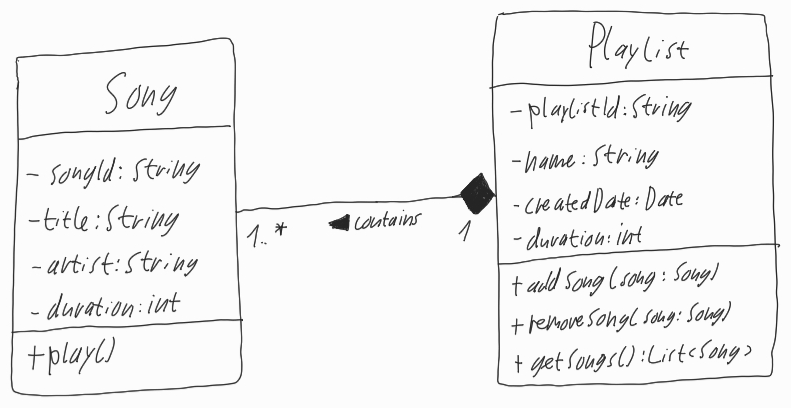
Diagram type: class_diagram
```plantuml
@startuml

left to right direction

class Song {
  - songId: String
  - title: String
  - artist: String
  - duration: int
  + play()
}

class Playlist {
  - playlistId: String
  - name: String
  - createdDate: Date
  - duration: int
  + addSong(song: Song)
  + removeSong(song: Song)
  + getSongs(): List<Song>
}

Song "1..*" --* "1" Playlist : contains <

@enduml
```